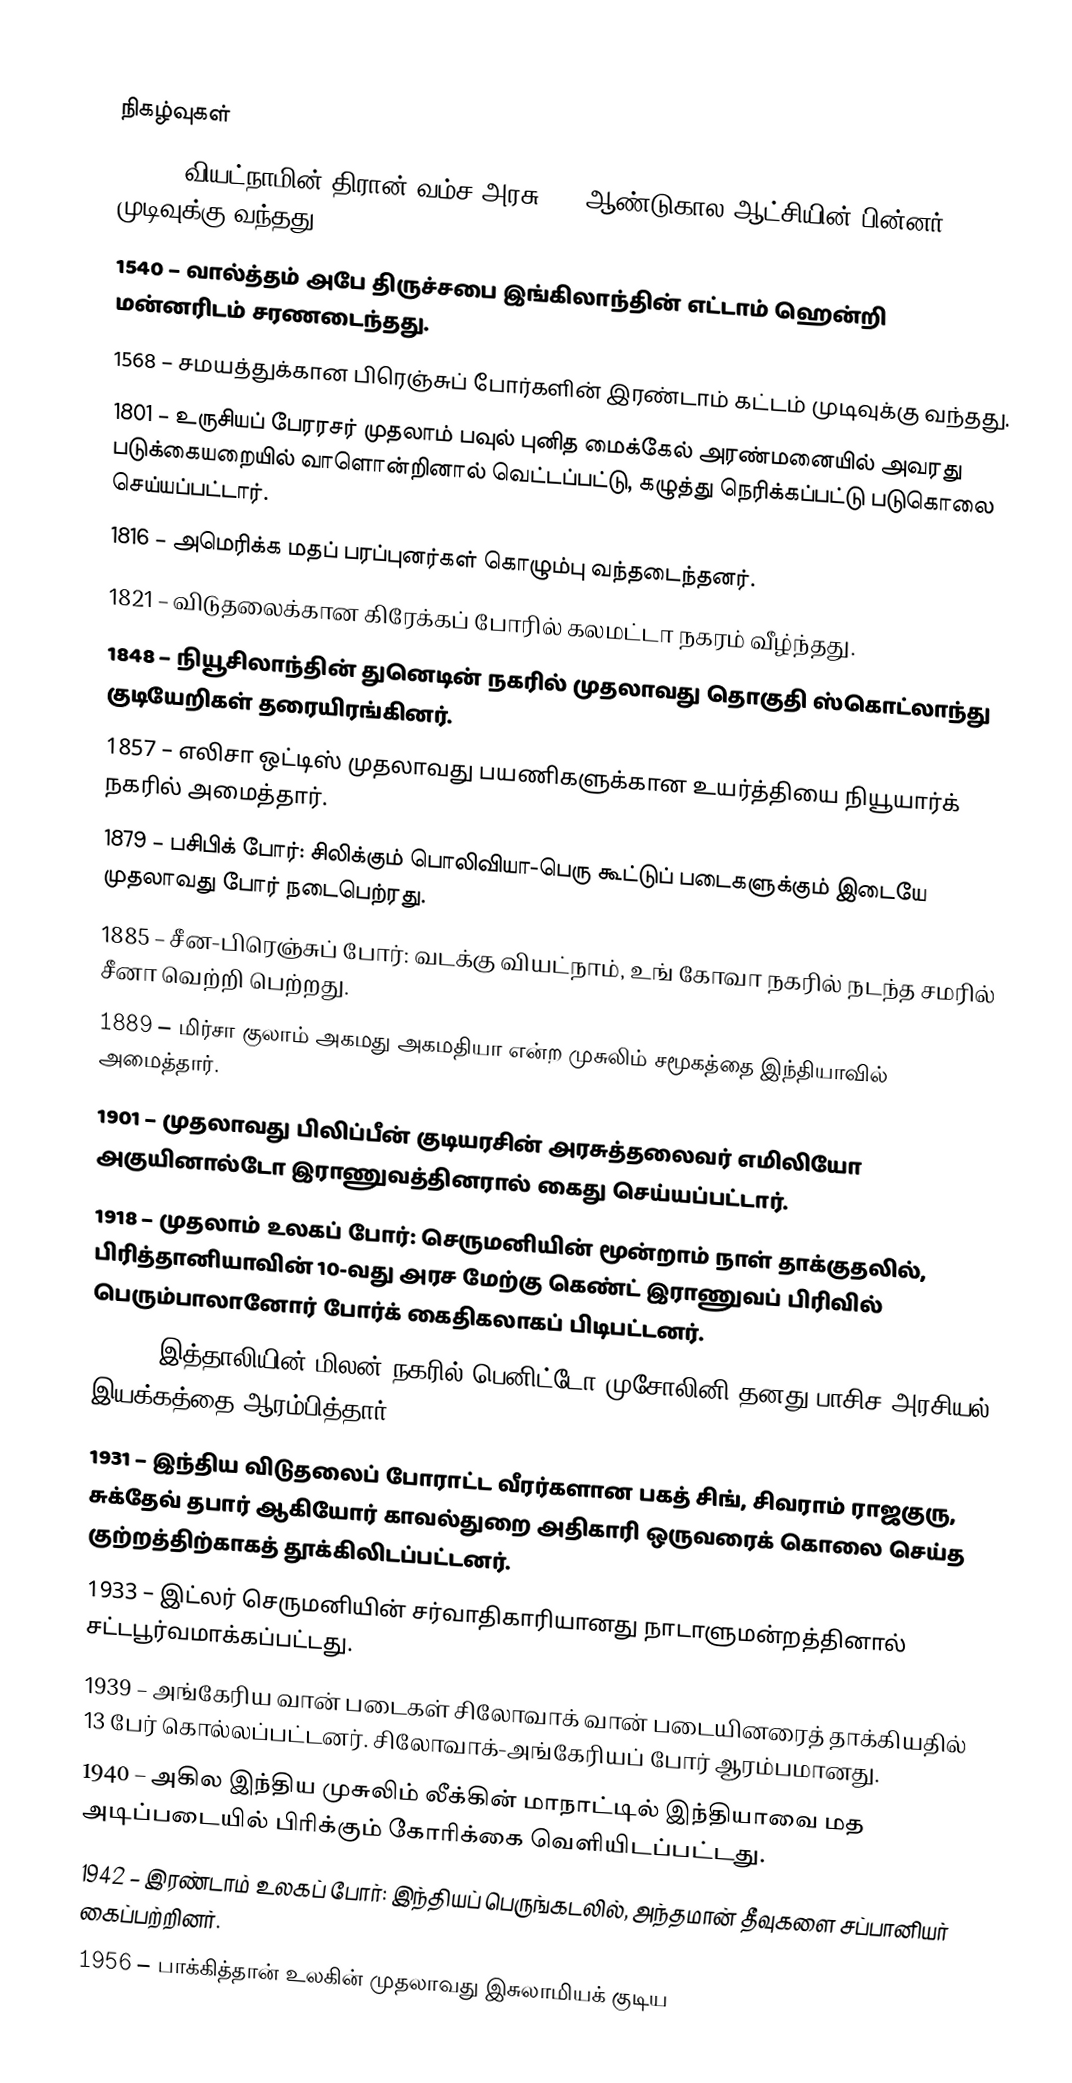

நிகழ்வுகள்
1400 – வியட்நாமின் திரான் வம்ச அரசு 175 ஆண்டுகால ஆட்சியின் பின்னர் முடிவுக்கு வந்தது.
1540 – வால்த்தம் அபே திருச்சபை இங்கிலாந்தின் எட்டாம் ஹென்றி மன்னரிடம் சரணடைந்தது.
1568 – சமயத்துக்கான பிரெஞ்சுப் போர்களின் இரண்டாம் கட்டம் முடிவுக்கு வந்தது.
1801 – உருசியப் பேரரசர் முதலாம் பவுல் புனித மைக்கேல் அரண்மனையில் அவரது படுக்கையறையில் வாளொன்றினால் வெட்டப்பட்டு, கழுத்து நெரிக்கப்பட்டு படுகொலை செய்யப்பட்டார்.
1816 – அமெரிக்க மதப் பரப்புனர்கள் கொழும்பு வந்தடைந்தனர்.
1821 – விடுதலைக்கான கிரேக்கப் போரில் கலமட்டா நகரம் வீழ்ந்தது.
1848 – நியூசிலாந்தின் துனெடின் நகரில் முதலாவது தொகுதி ஸ்கொட்லாந்து குடியேறிகள் தரையிரங்கினர்.
1857 – எலிசா ஒட்டிஸ் முதலாவது பயணிகளுக்கான உயர்த்தியை நியூயார்க் நகரில் அமைத்தார்.
1879 – பசிபிக் போர்: சிலிக்கும் பொலிவியா-பெரு கூட்டுப் படைகளுக்கும் இடையே முதலாவது போர் நடைபெற்ரது.
1885 – சீன-பிரெஞ்சுப் போர்: வடக்கு வியட்நாம், உங் கோவா நகரில் நடந்த சமரில் சீனா வெற்றி பெற்றது.
1889 – மிர்சா குலாம் அகமது அகமதியா என்ற முசுலிம் சமூகத்தை இந்தியாவில் அமைத்தார்.
1901 – முதலாவது பிலிப்பீன் குடியரசின் அரசுத்தலைவர் எமிலியோ அகுயினால்டோ இராணுவத்தினரால் கைது செய்யப்பட்டார்.
1918 – முதலாம் உலகப் போர்: செருமனியின் மூன்றாம் நாள் தாக்குதலில், பிரித்தானியாவின் 10-வது அரச மேற்கு கெண்ட் இராணுவப் பிரிவில் பெரும்பாலானோர் போர்க் கைதிகலாகப் பிடிபட்டனர்.
1919 – இத்தாலியின் மிலன் நகரில் பெனிட்டோ முசோலினி தனது பாசிச அரசியல் இயக்கத்தை ஆரம்பித்தார்.
1931 – இந்திய விடுதலைப் போராட்ட வீரர்களான பகத் சிங், சிவராம் ராஜகுரு, சுக்தேவ் தபார் ஆகியோர் காவல்துறை அதிகாரி ஒருவரைக் கொலை செய்த குற்றத்திற்காகத் தூக்கிலிடப்பட்டனர்.
1933 – இட்லர் செருமனியின் சர்வாதிகாரியானது நாடாளுமன்றத்தினால் சட்டபூர்வமாக்கப்பட்டது.
1939 – அங்கேரிய வான் படைகள் சிலோவாக் வான் படையினரைத் தாக்கியதில் 13 பேர் கொல்லப்பட்டனர். சிலோவாக்-அங்கேரியப் போர் ஆரம்பமானது.
1940 – அகில இந்திய முசுலிம் லீக்கின் மாநாட்டில் இந்தியாவை மத அடிப்படையில் பிரிக்கும் கோரிக்கை வெளியிடப்பட்டது.
1942 – இரண்டாம் உலகப் போர்: இந்தியப் பெருங்கடலில், அந்தமான் தீவுகளை சப்பானியர் கைப்பற்றினர்.
1956 – பாக்கித்தான் உலகின் முதலாவது இசுலாமியக் குடிய